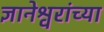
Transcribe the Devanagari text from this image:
ज्ञानेश्वरांंच्या